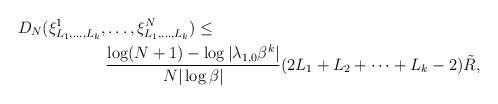
LaTeX: \begin{align*}D_N(\xi_{L_1,\dots,L_k}^{1}, & \ldots, \xi_{L_1,\dots,L_k}^{N})\leq\\ & \frac{\log (N+1)-\log|\lambda_{1,0}\beta^k|}{N|\log \beta|}(2L_1+L_2+\dots+L_k-2)\tilde R,\end{align*}